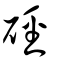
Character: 硜